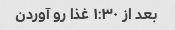
بعد از ١:٣٠ غذا رو آوردن